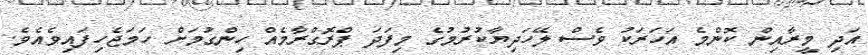
އަދި މީރާއިން ކޮންމެ އަހަރަކު ވެސް ލޭހަދިޔާކުރުމުގެ މިފަދަ ޕްރޮގްރާމެއް ހިންގުމަށް ހަމަޖެހިފައިވެއެވެ.